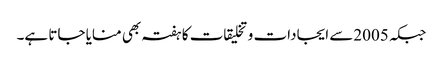
جبکہ 2005سے ایجادات و تخلیقات کا ہفتہ بھی منایا جاتا ہے۔